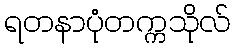
ရတနာပုံတက္ကသိုလ်